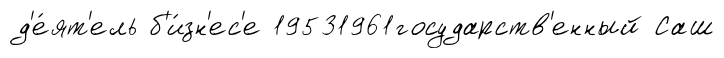
д'е́ят'ель б'и́зн'ес'е 19531961государств'енный Саш